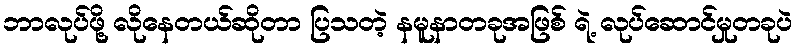
ဘာလုပ်ဖို့ လိုနေတယ်ဆိုတာ ပြသတဲ့ နမူနာတခုအဖြစ် ရဲ့ လုပ်ဆောင်မှုတခုပဲ